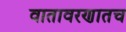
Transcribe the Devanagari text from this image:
वातावरणातच